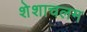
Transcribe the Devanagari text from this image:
शेशाचलम